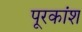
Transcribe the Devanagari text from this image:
पूरकांश